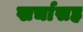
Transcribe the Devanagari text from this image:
खर्चासह